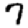
Digit: 7